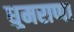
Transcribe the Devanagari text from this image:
धुमराणा